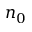
n _ { 0 }